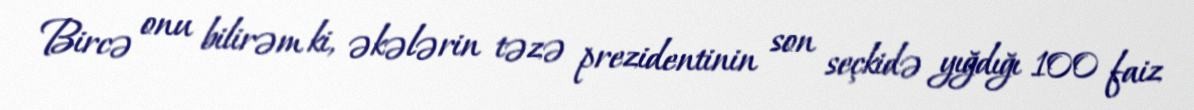
Bircə onu bilirəm ki, əkələrin təzə prezidentinin son seçkidə yığdığı 100 faiz